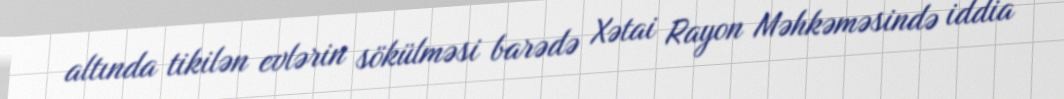
altında tikilən evlərin sökülməsi barədə Xətai Rayon Məhkəməsində iddia